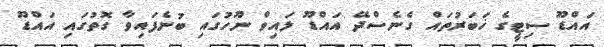
އައްޑޫ ސިޓީގެ ޚަބަރުތައް ގެނެސްދޭ އައްޑޫ ލައިވް ނޫހުގައި ބުނެފައިވާ ގޮތުގައި އައްޑޫ